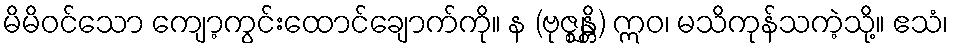
မိမိဝင်သော ကျော့ကွင်းထောင်ချောက်ကို။ န (ဗုဇ္ဈန္တိ) ဣဝ၊ မသိကုန်သကဲ့သို့။ ဧသံ၊